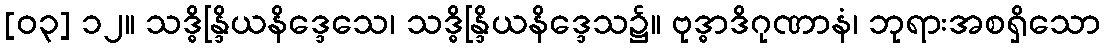
[၀၃] ၁၂။ သဒ္ဓိန္ဒြိယနိဒ္ဒေသေ၊ သဒ္ဓိန္ဒြိယနိဒ္ဒေသ၌။ ဗုဒ္ဓာဒိဂုဏာနံ၊ ဘုရားအစရှိသော